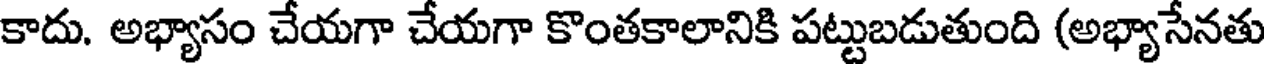
కాదు. అభ్యాసం చేయగా చేయగా కొంతకాలానికి పట్టుబడుతుంది (అభ్యాసేనతు